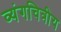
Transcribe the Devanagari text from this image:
व्यंगचित्रीय